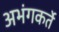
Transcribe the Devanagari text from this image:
अभंगकर्ते